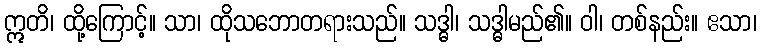
ဣတိ၊ ထို့ကြောင့်။ သာ၊ ထိုသဘောတရားသည်။ သဒ္ဓါ၊ သဒ္ဓါမည်၏။ ဝါ၊ တစ်နည်း။ ဧသာ၊